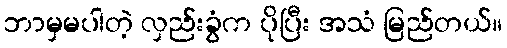
ဘာမှမပါတဲ့ လှည်းခွံက ပိုပြီး အသံ မြည်တယ်။